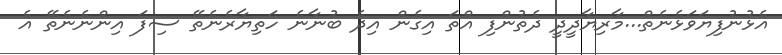
އެޅުނުފިޔަވަޅެނެތް...މާރިޔާދީދީ ދެތުންފި އްތަ އިގެން އިދެ ބުނާނެ ހަތިޔާރެނެތޭ ސިފަ އިންނެނެތޭ އެ